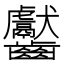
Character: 齾